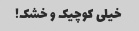
خیلی کوچیک و خشک!